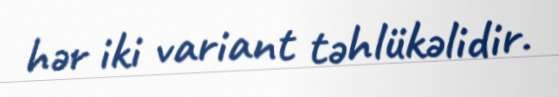
hər iki variant təhlükəlidir.